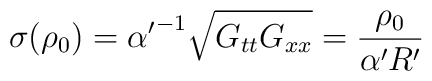
\sigma(\rho_0) = {\alpha'}^{-1} \sqrt{G_{tt} G_{xx}} = \frac{\rho_0}{\alpha' R'}